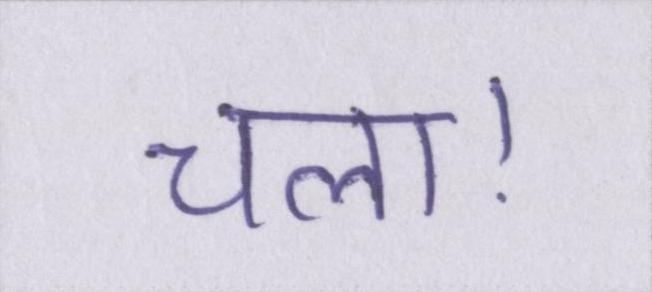
चला।